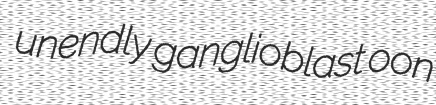
unendly ganglioblast oon